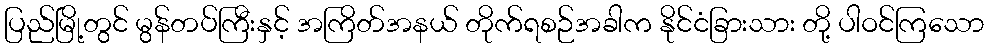
ပြည်မြို့တွင် မွန်တပ်ကြီးနှင့် အကြိတ်အနယ် တိုက်ရစဉ်အခါက နိုင်ငံခြားသား တို့ ပါဝင်ကြသော